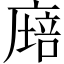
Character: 𢊫